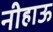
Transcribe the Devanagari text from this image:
नीहाऊ